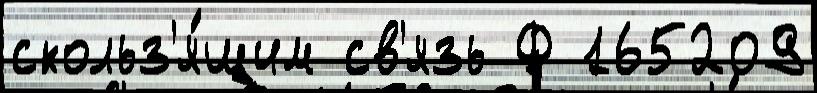
скольз'я́щим св'язь Ф 165209